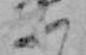
ふ